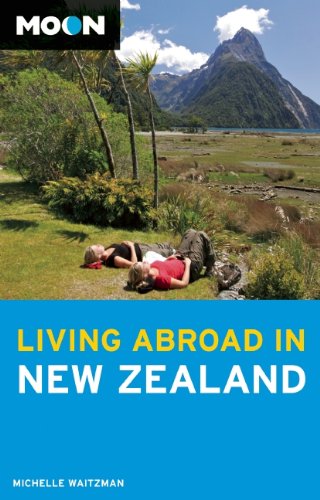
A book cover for Moon Living Abroad in New Zealand; Michelle Waitzman; Travel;